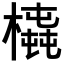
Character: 𣚆